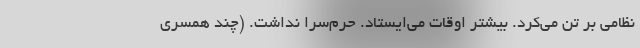
نظامی بر تن می‌کرد. بیشتر اوقات می‌ایستاد. حرم‌سرا نداشت. (چند همسری